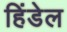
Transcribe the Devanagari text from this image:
हिंडेल